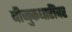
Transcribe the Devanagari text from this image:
बीजुकधारींवर